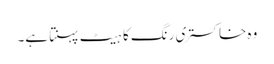
وہ خاکستری رنگ کا ہیٹ پہنتا ہے۔